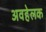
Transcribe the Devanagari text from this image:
अवहेलक